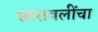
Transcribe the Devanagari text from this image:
स्वरावलींचा